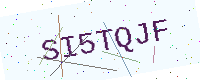
Text: SI5TQJF